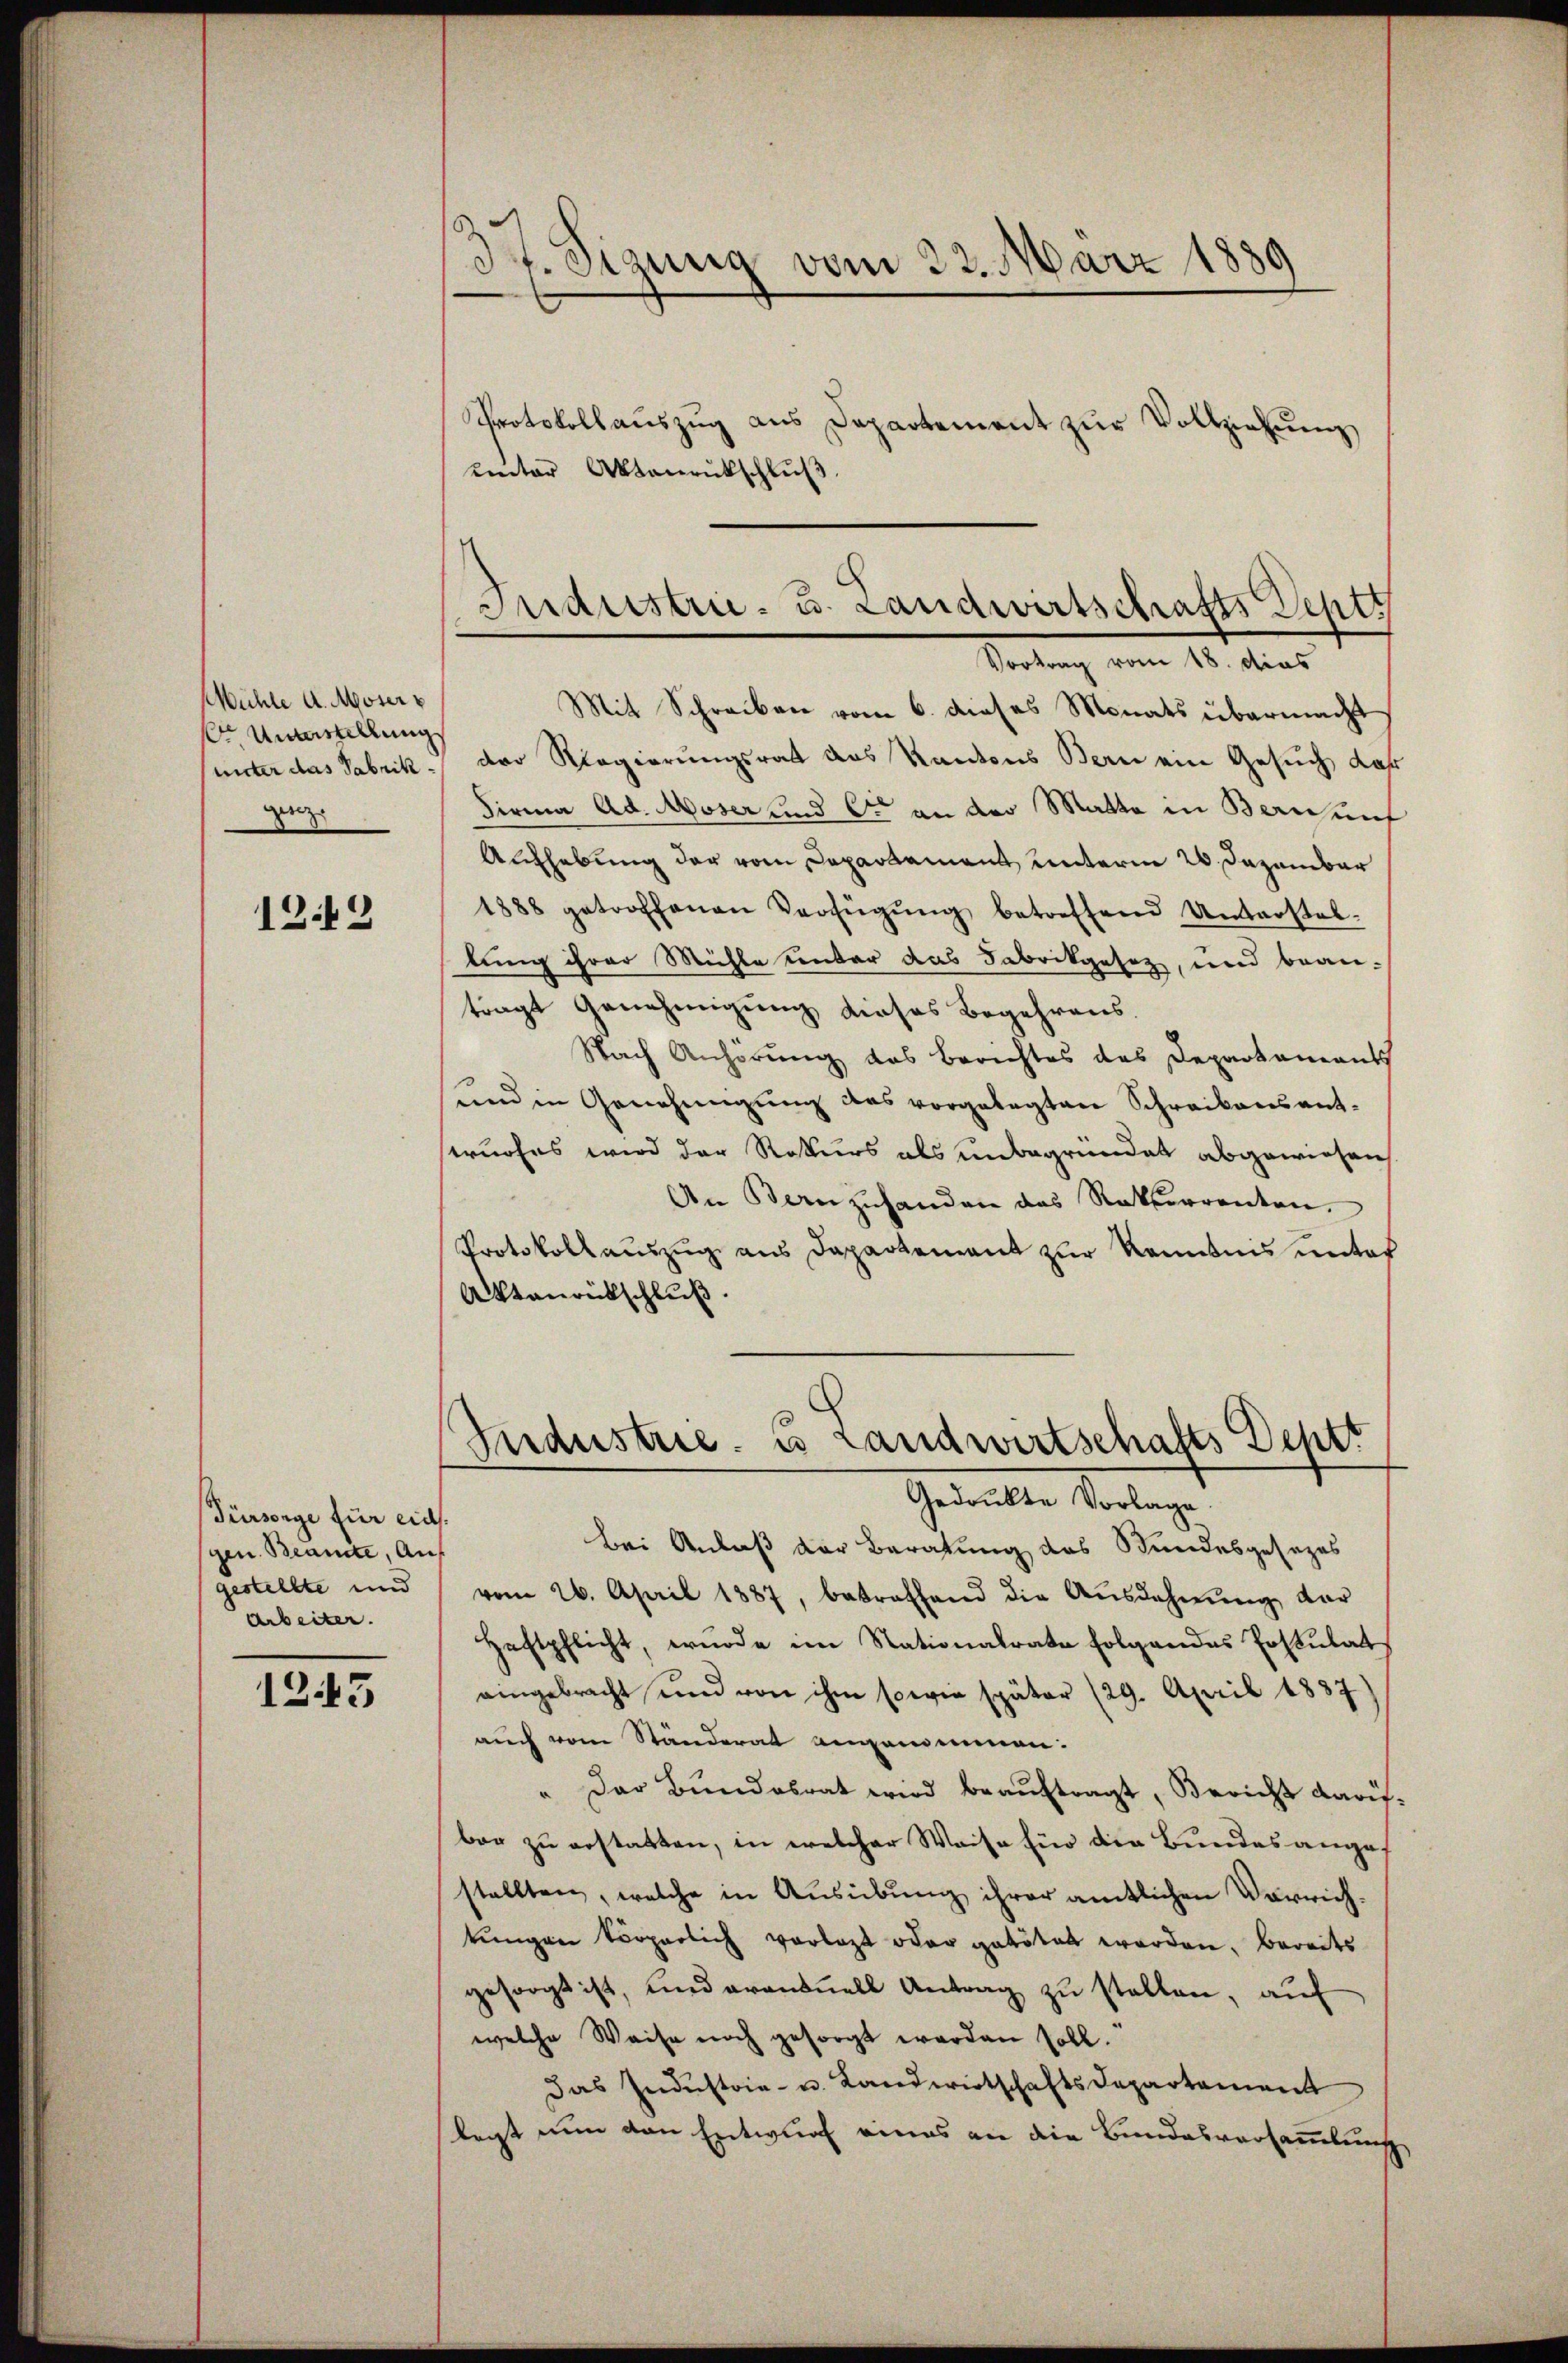
Mühle A. Moser
r Unterstellung
unter das Sabrikgeze

12.19

Fürsorge für eid.
gen. Beamte, Auf
gestellte und
Arbeiter.

1245

3. Sizung vom 22. März 1889
Protokollaŭszŭg aŭs Departement zŭr Vollziehŭng

uinter Aktenrutschlŭβ

Inanstru- u. Landwirtschafts Sept

Vortrag vom 18. dies
Mit Schreiben vom 6. dieses Monats übermacht
der Regierungsrat des Kantons Bern ein Gesuch dar
Firma Ad. Moser und er an der Matta in Bern nief
Aufhebung der vom Departament unterm 20. Dezember
1888 getroffenen Verfügŭng betreffend Unterstal-
lung ihrer Mühle unter das Fabrikgesez, und bean-
tragt Genehmigung dieses Begehrens.
Nach Anhörung das Berichtes das Departaments
und in Genehmigŭng des vorgelegten Schreibensant-
wurfes wird der Rekurs als unbegründet abgewiesen
An Kanzŭhanden das Rekurrenten.
Protokollauszug aus Dapartement zur Kenntnis unter
Aktenrütschluß.
Industrie u Landwirtschafts Deptt
Gedrukte Vorlage.
Bei Anlaß der Beratung des Bundesgesezes
vom 26. April 1887, betreffend die Aŭsdahnŭng der
Haftpflicht, wurde im Stationalrate folgendes Postulat
eingebracht und von ihm sowie später (29. April 1837)
auch vom Ständerat angenommen:
" Der Bundesrat wird beaŭftragt, Bericht darisber zu erstatten, in welcher Weise für die Bundes angestellten, welche in Ausübung ihrer amtlichen Vorrichtŭngen körperlich vorlegt oder getötet werden, bereits
gesorgt ist, und oranonell Antrag zu stellen, auf
welche Weise noch gesorgt werden soll.
Das Industria- u. Landwirtschaftsdepartement
legt nun den Entwurf eines an die Bundesversammlung